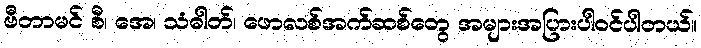
ဗီတာမင် စီ၊ အေ၊ သံဓါတ်၊ ဖောလစ်အက်ဆစ်တွေ အများအပြားပါဝင်ပါတယ်။